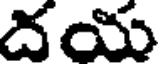
దయ